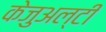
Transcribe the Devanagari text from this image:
केजुअल्टी